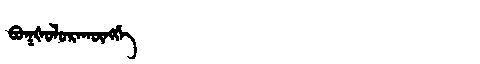
Manchu: ᠪᠣᡴᡧᠣᠯᠣᡵᠠᡴᡡᠩᡤᡝ
Romanization: BOKŠOLORAKŪNGGE